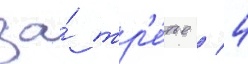
за́ тр'е́тье / 4